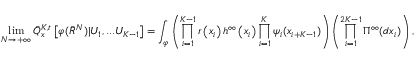
\operatorname* { l i m } _ { N \rightarrow + \infty } \bar { Q } _ { x } ^ { K , t } \left[ \varphi ( \bar { R } ^ { N } ) | U _ { 1 } , . . . U _ { K - 1 } \right] = \int _ \varphi \left( \prod _ { i = 1 } ^ { K - 1 } r \left( x _ { i } \right) h ^ { \infty } \left( x _ { i } \right) \prod _ { i = 1 } ^ { K } \psi _ { i } ( x _ { i + K - 1 } ) \right) \left( \prod _ { i = 1 } ^ { 2 K - 1 } \Pi ^ { \infty } ( d x _ { i } ) \right) ,